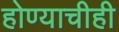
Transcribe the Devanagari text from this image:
होण्याचीही